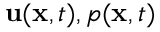
{ \bf u } ( { \bf x } , t ) , p ( { \bf x } , t )